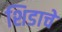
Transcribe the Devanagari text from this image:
शिडाचे